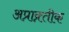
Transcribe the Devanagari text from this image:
अप्राक्र्तीक